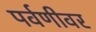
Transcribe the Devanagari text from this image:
पर्वणीवर